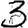
Digit: 3